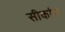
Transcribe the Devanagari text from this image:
सीकांग